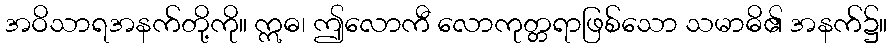
အဝိသာရအနက်တို့ကို။ ဣဓ၊ ဤလောကီ လောကုတ္တရာဖြစ်သော သမာဓိ၏ အနက်၌။